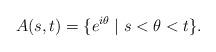
LaTeX: \begin{align*}A(s,t)= \{e^{i \theta} \mid s<\theta<t \}.\end{align*}